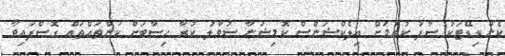
ކެންޑިޑޭޓަކު ސާފު ކުރުމަށް އިލެކްޝަންސް ކޮމިޝަނާ ސުވާލު ކުރާ ހިސާބަށް ކަންތައްތައް ގޮސްފައިވާ